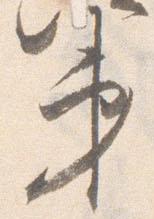
第